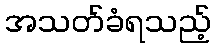
အသတ်ခံရသည့်